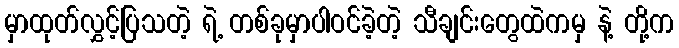
မှာထုတ်လွှင့်ပြသတဲ့ ရဲ့ တစ်ခုမှာပါဝင်ခဲ့တဲ့ သီချင်းတွေထဲကမှ နဲ့ တို့က